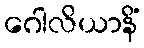
ဂေါလိယာနိံ